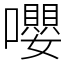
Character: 嚶